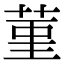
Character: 菫